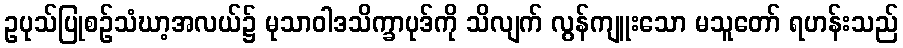
ဥပုသ်ပြုစဉ်သံဃာ့အလယ်၌ မုသာဝါဒသိက္ခာပုဒ်ကို သိလျက် လွန်ကျူးသော မသူတော် ရဟန်းသည်